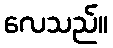
လေသည်။